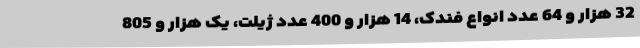
32 هزار و 64 عدد انواع فندک، 14 هزار و 400 عدد ژیلت، یک هزار و 805